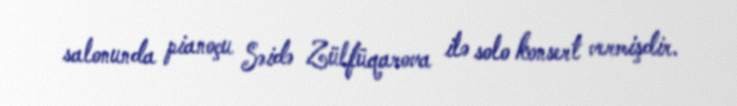
salonunda pianoçu Səidə Zülfüqarova ilə solo konsert vermişdir.